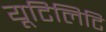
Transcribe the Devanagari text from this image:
यूटिलिटि